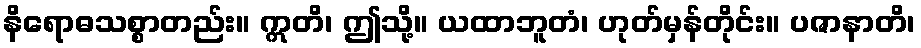
နိရောဓသစ္စာတည်း။ ဣတိ၊ ဤသို့။ ယထာဘူတံ၊ ဟုတ်မှန်တိုင်း။ ပဇာနာတိ၊